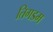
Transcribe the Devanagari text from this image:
तिगडम